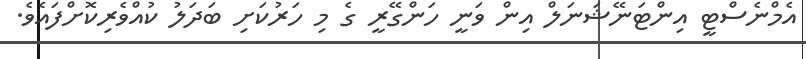
އެމްނެސްޓީ އިންޓަނޭޝަނަލް އިން ވަނީ ހަންގޭރީ ގެ މި ހަރުކަށި ބަދަލު ކުއްވެރިކޮށްފައެވެ.